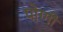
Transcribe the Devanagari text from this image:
पोग्गी